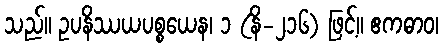
သည်။ ဥပနိဿယပစ္စယေန၊ ၁ (နိ-၂၁၆) ဖြင့်။ ဧကဓာဝ၊